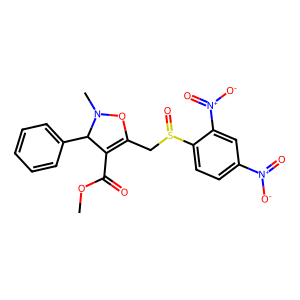
SMILES: COC(=O)C1=C(CS(=O)c2ccc([N+](=O)[O-])cc2[N+](=O)[O-])ON(C)C1c1ccccc1
Inhibits HIV replication: No